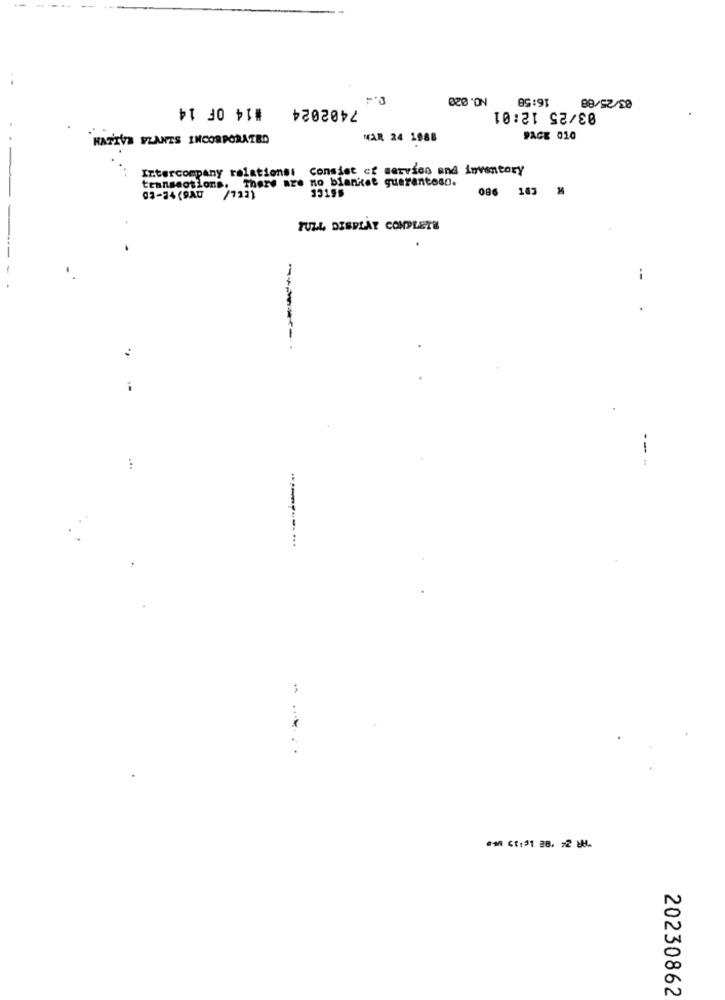
NO.020
16:58
03/25/88
#14 OF 14
7402024
03/25 12:01
HATIVA FLANTS INCORPORATED
MAR 24 1988
DAGE 010
Intercompany relations: consist of service and inventory
transactions. There are no blanket guaranteso.
(EEL/ DY6)+E-t0
SSTCE
R ERT 980
TULL DISPLAY COMPLETE
--
..
-- -
...
. ...
20230862